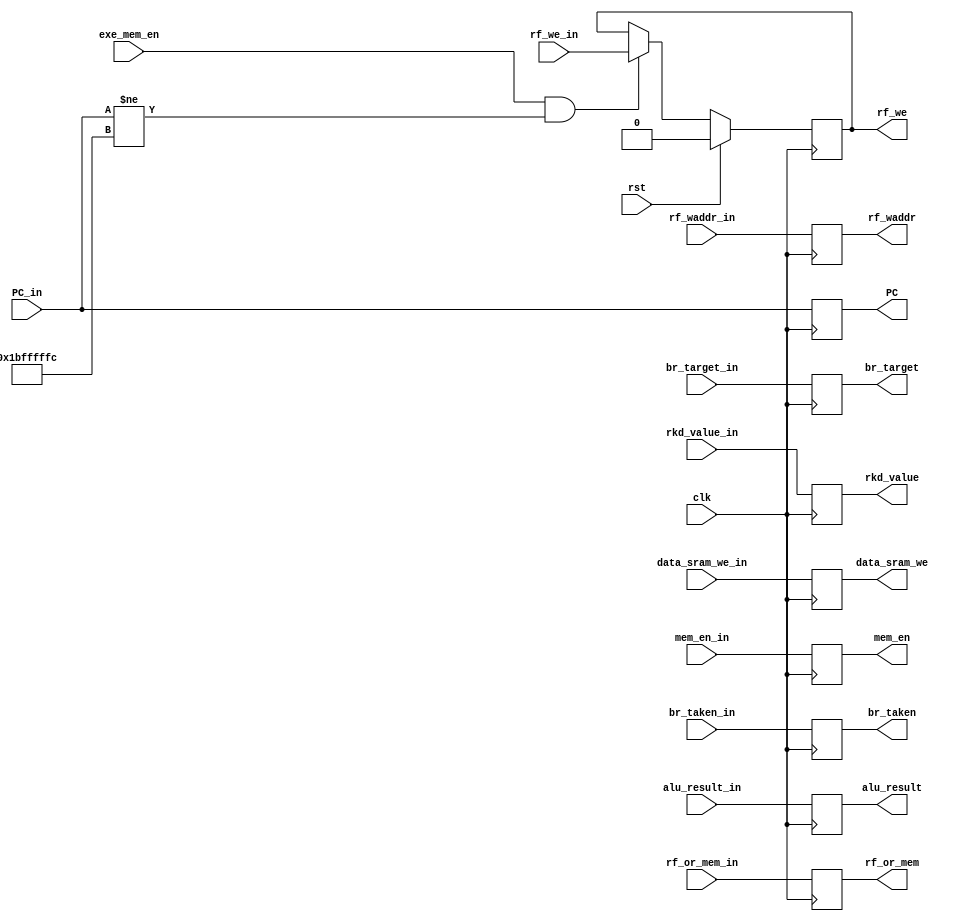
module EXE_MEM(
    input clk,
    input rst,
    input exe_mem_en,

    //MEM
    input wire mem_en_in,
    input wire  [3:0] data_sram_we_in,
    input wire [31:0]  rkd_value_in,
    input wire [31:0] alu_result_in,

    //WB
    input wire rf_we_in,
    input wire [4:0] rf_waddr_in,
    input wire rf_or_mem_in,

    //NPC
    input wire      br_taken_in,
    input wire [31:0] br_target_in,
    input wire [31:0] PC_in,

    output reg mem_en,
    output reg  [3:0] data_sram_we,
    output reg [31:0]  rkd_value,
    output reg [31:0] alu_result,

    output reg rf_we,
    output reg [4:0] rf_waddr,
    output reg rf_or_mem,

    output reg [31:0] br_target,
    output reg br_taken,
    output reg [31:0] PC

);

always@(posedge clk) begin
    if(rst) begin
        rf_we <= 1'b0;
        rf_waddr <= 0;
        rf_or_mem <= 0;

        br_taken <= 0;
        br_target <= 0;
        PC <= 0;

        mem_en <= 0;
        rkd_value <= 0;
        data_sram_we <= 0;
        alu_result <= 0;
    end

    else if(exe_mem_en && PC_in != 32'h1bfffffc)
        rf_we <= rf_we_in;
        rf_waddr <= rf_waddr_in;
        rf_or_mem <= rf_or_mem_in;

        br_taken <= br_taken_in;
        br_target <= br_target_in;
        PC <= PC_in;

        mem_en <= mem_en_in;
        rkd_value <= rkd_value_in;
        data_sram_we <= data_sram_we_in;
        alu_result <= alu_result_in;
end


endmodule